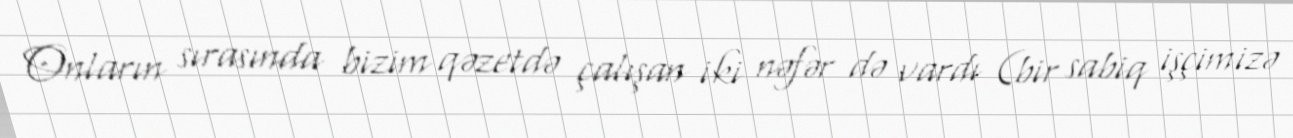
Onların sırasında bizim qəzetdə çalışan iki nəfər də vardı (bir sabiq işçimizə